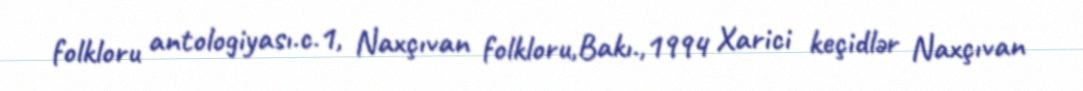
folkloru antologiyası.c.1, Naxçıvan folkloru,Bakı.,1994 Xarici keçidlər Naxçıvan